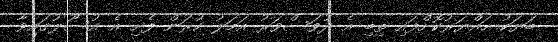
ބަޔަކު ހައްޔަރުކޮށްފައި ތިބި އެ ދުވަސްވަރު އަމަލު ކުރަން ފެށި އެ އުސޫލުގައިވާ